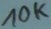
Text: 10K